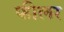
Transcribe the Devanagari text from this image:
फीलर